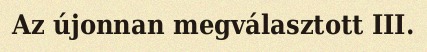
Az újonnan megválasztott III.